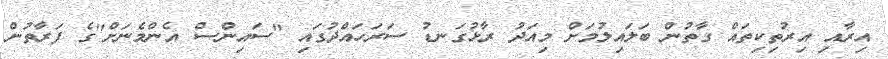
އިރާއި އިރުތިކިތައް ގާތުން ބަލައިލުމަށް މިއަދު ރާޅުގަނޑު ސަރަހައްދުގައި "ސައިންސް އެންމެނަށް"ގެ ފަރާތުން